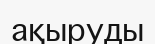
ақыруды